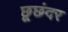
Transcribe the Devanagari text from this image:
छूछंदर